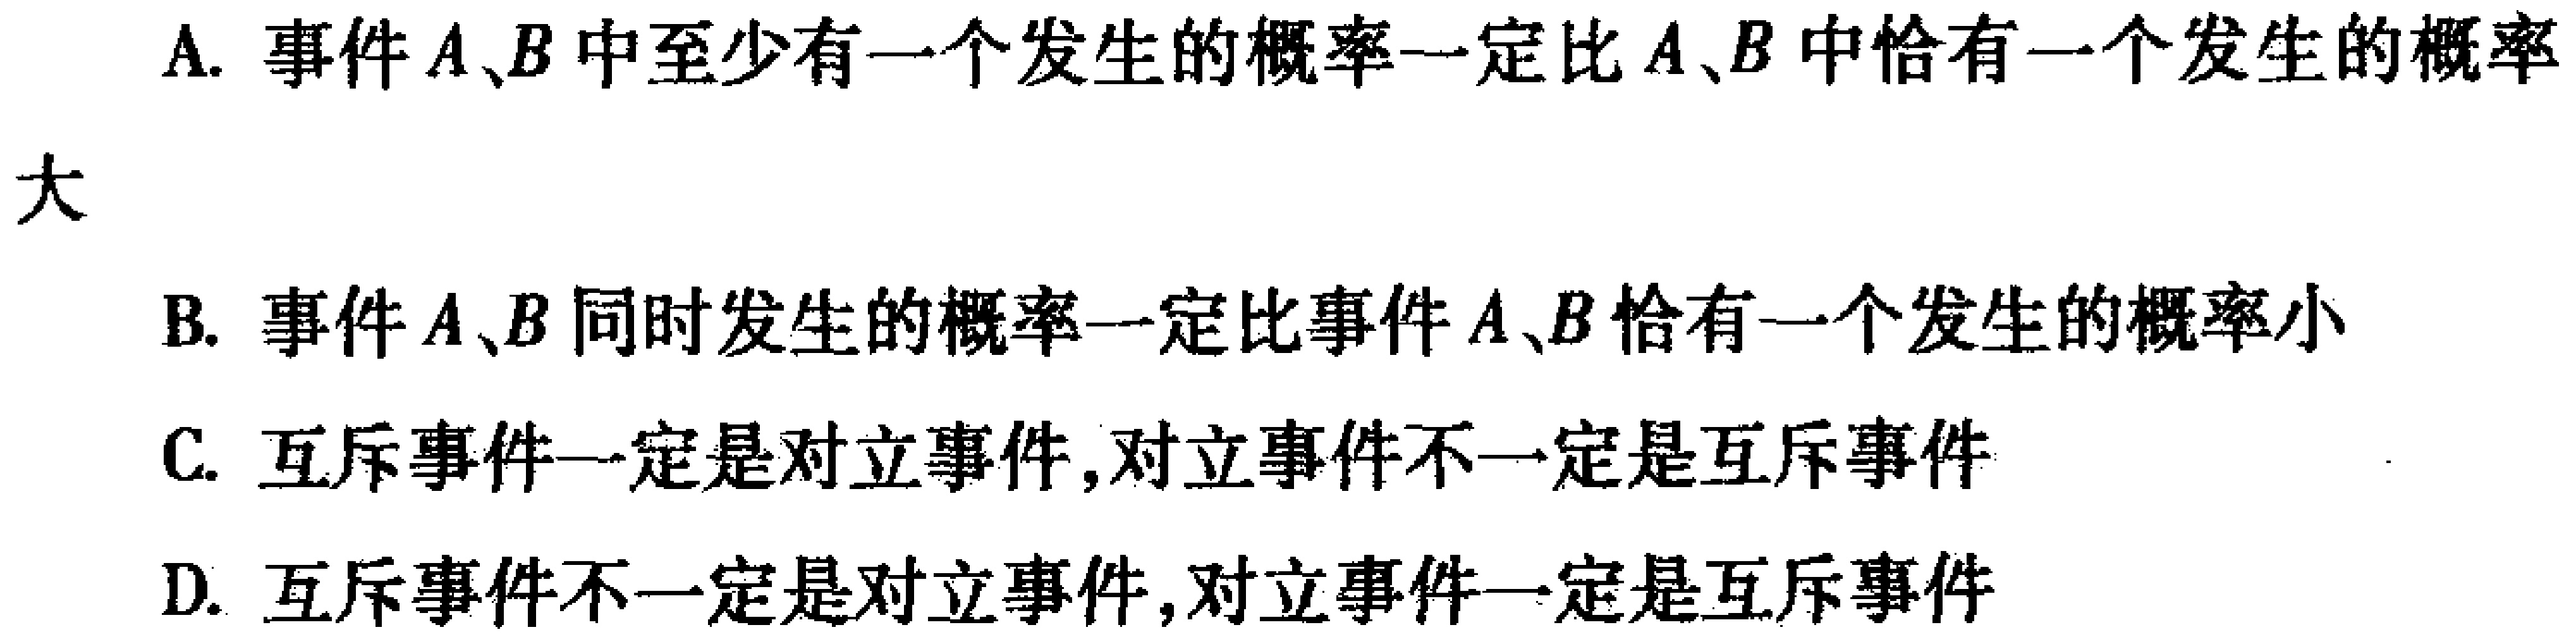
A. 事件\(A、B\)中至少有一个发生的概率一定比\(A、B\)中恰有一个发生的概率大

B. 事件\(A、B\)同时发生的概率一定比事件\(A、B\)恰有一个发生的概率小

C. 互斥事件一定是对立事件,对立事件不一定是互斥事件

D. 互斥事件不一定是对立事件,对立事件一定是互斥事件